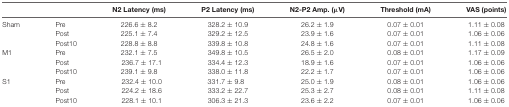
<table><thead><tr><td></td><td></td><td><b>N2 Latency (ms)</b></td><td><b>P2 Latency (ms)</b></td><td><b>N2-P2 Amp. (μV)</b></td><td><b>Threshold (mA)</b></td><td><b>VAS (points)</b></td></tr></thead><tbody><tr><td>Sham</td><td>Pre</td><td>226.6 ± 8.2</td><td>328.2 ± 10.9</td><td>26.2 ± 1.9</td><td>0.07 ± 0.01</td><td>1.11 ± 0.08</td></tr><tr><td></td><td>Post</td><td>225.1 ± 7.4</td><td>329.2 ± 12.5</td><td>23.9 ± 1.6</td><td>0.07 ± 0.01</td><td>1.06 ± 0.06</td></tr><tr><td></td><td>Post10</td><td>228.8 ± 8.8</td><td>339.8 ± 10.8</td><td>24.8 ± 1.6</td><td>0.07 ± 0.01</td><td>1.11 ± 0.08</td></tr><tr><td>M1</td><td>Pre</td><td>232.1 ± 7.5</td><td>349.8 ± 10.5</td><td>26.5 ± 2.0</td><td>0.08 ± 0.01</td><td>1.17 ± 0.09</td></tr><tr><td></td><td>Post</td><td>236.7 ± 17.1</td><td>334.4 ± 12.3</td><td>18.9 ± 1.6</td><td>0.07 ± 0.01</td><td>1.06 ± 0.06</td></tr><tr><td></td><td>Post10</td><td>239.1 ± 9.8</td><td>338.0 ± 11.8</td><td>22.2 ± 1.7</td><td>0.07 ± 0.01</td><td>1.06 ± 0.06</td></tr><tr><td>S1</td><td>Pre</td><td>232.4 ± 10.0</td><td>331.7 ± 9.8</td><td>25.0 ± 1.9</td><td>0.08 ± 0.01</td><td>1.06 ± 0.06</td></tr><tr><td></td><td>Post</td><td>224.2 ± 18.6</td><td>333.2 ± 22.7</td><td>25.3 ± 2.7</td><td>0.08 ± 0.01</td><td>1.11 ± 0.08</td></tr><tr><td></td><td>Post10</td><td>228.1 ± 10.1</td><td>306.3 ± 21.3</td><td>23.6 ± 2.2</td><td>0.07 ± 0.01</td><td>1.06 ± 0.06</td></tr></tbody></table>